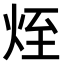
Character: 𤈜